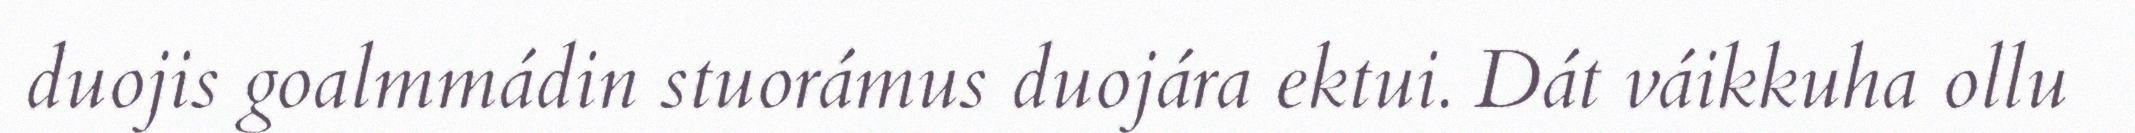
duojis goalmmádin stuorámus duojára ektui. Dát váikkuha ollu